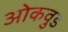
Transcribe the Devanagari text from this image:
ओकवुड